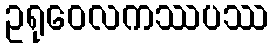
ဥရုဝေလကဿပဿ